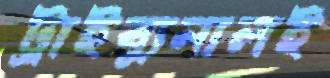
ট্রাইব্যুনালই